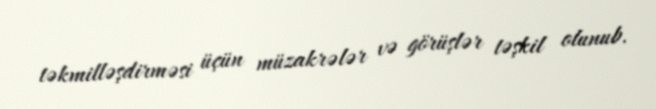
təkmilləşdirməsi üçün müzakrələr və görüşlər təşkil olunub.